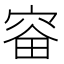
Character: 𪧗